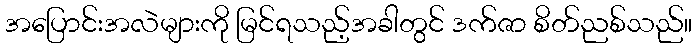
အပြောင်းအလဲများကို မြင်ရသည့်အခါတွင် ဒက်ဇာ စိတ်ညစ်သည်။